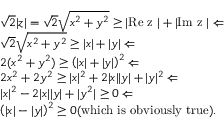
\begin{array} { r l } & { \sqrt { 2 } \lvert z \rvert = \sqrt { 2 } \sqrt { x ^ { 2 } + y ^ { 2 } } \geq \lvert \mathrm { R e ~ z ~ } \rvert + \lvert \mathrm { I m ~ z ~ } \rvert \Leftarrow } \\ & { \sqrt { 2 } \sqrt { x ^ { 2 } + y ^ { 2 } } \geq \lvert x \rvert + \lvert y \rvert \Leftarrow } \\ & { 2 ( x ^ { 2 } + y ^ { 2 } ) \geq \left( \lvert x \rvert + \lvert y \rvert \right) ^ { 2 } \Leftarrow } \\ & { 2 x ^ { 2 } + 2 y ^ { 2 } \geq \lvert x \rvert ^ { 2 } + 2 \lvert x \rvert \lvert y \rvert + \lvert y \rvert ^ { 2 } \Leftarrow } \\ & { \lvert x \rvert ^ { 2 } - 2 \lvert x \rvert \lvert y \rvert + | y ^ { 2 } | \geq 0 \Leftarrow } \\ & { \left( \lvert x \rvert - \lvert y \rvert \right) ^ { 2 } \geq 0 \mathrm { ( w h i c h ~ i s ~ o b v i o u s l y ~ t r u e ) } . } \end{array}